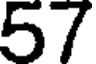
57